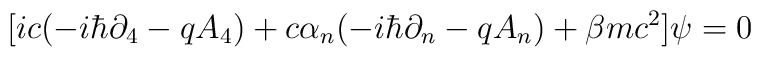
\lbrack ic(-i\hbar \partial _4-qA_4)+c\alpha _n(-i\hbar \partial_n-qA_n)+\beta mc^2]\psi =0